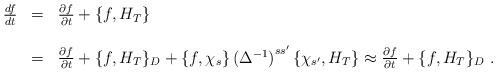
LaTeX: \begin{align*}\begin{array}{r c l}\frac{df}{dt}&=&\frac{\partial f}{\partial t}+\{f,H_T\}\\ & & \\&=&\frac{\partial f}{\partial t}+\{f,H_T\}_D+\{f,\chi_s\}\left(\Delta^{-1}\right)^{ss'}\{\chi_{s'},H_T\}\approx\frac{\partial f}{\partial t}+\{f,H_T\}_D\ .\end{array}\end{align*}